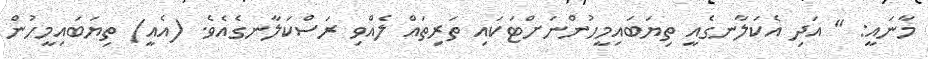
މާނައީ: " އަދި އެކަލާނގެއީ ތިޔަބައިމީހުންނަށްޓަކައި ތަރިތައް ލެއްވި ރަސްކަލާނގެއެވެ. (އެއީ) ތިޔަބައިމީހުން